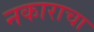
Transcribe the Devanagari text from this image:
नकाराचा